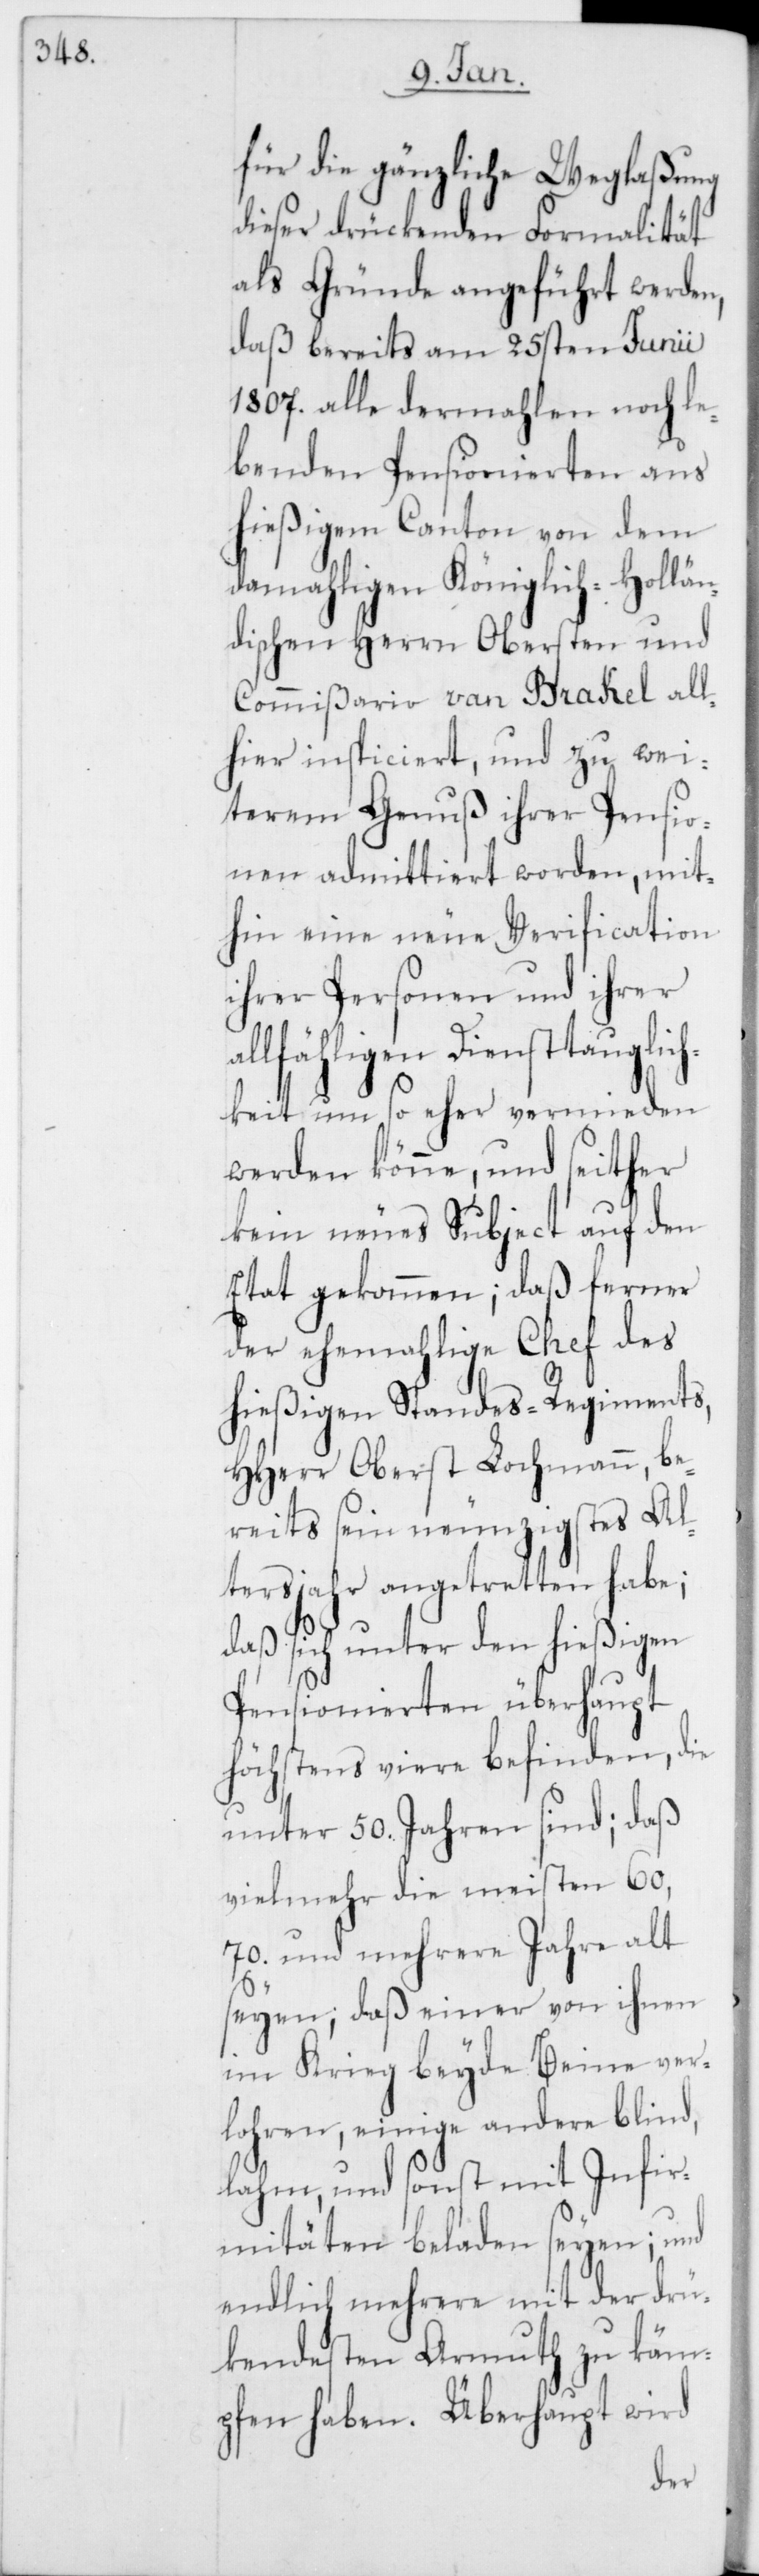
für die gänzliche Weglaßung
dieser drückenden Formalität
als Gründe angeführt werden,
daß bereits am 25sten Junii
1807. alle dermahlen noch le¬
benden Pensionierten aus
hießigem Canton von dem
damahligen Königlich-Hollän¬
dischen Herrn Obersten und
Commißario van Brakel all¬
hier inspiciert, und zu wei¬
terem Genuß ihrer Pensio¬
nen admittiert worden, mit¬
hin eine neue Verification
ihrer Personen und ihrer
llfähligen Diensttauglic¬
hkeit um so eher vermieden
werden könne, und seither
kein neues Subject auf den
Etat gekommen; daß ferner
der ehemalige Chef des
hießigen Standes-Regiments,
HHerr Oberst Lochmann, be¬
reits sein neunzigstes Al¬
tersjahr angetretten habe;
daß sich unter den hießigen
Pensionierten überhaupt
höchstens viere befinden, die
unter 50. Jahren sind; daß
vielmehr die meisten 60,
70. und mehrere Jahre alt
seyen; daß einer von ihnen
im Krieg beyde Beine ver¬
lohren, einige andere blind,
lahm, und sonst mit Infir¬
mitäten beladen seyen; und
endlich mehrere mit der drü¬
kendesten Armuth zu käm¬
pfen haben. Überhaupt wird
a¬